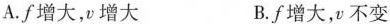
A.f增大，v增大 B.f增大，v不变